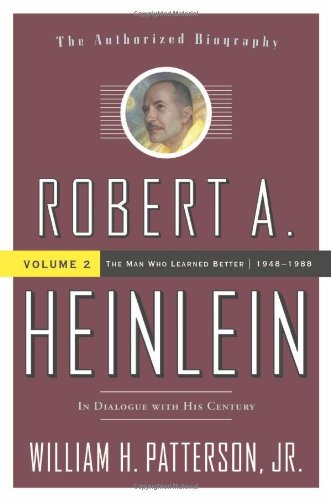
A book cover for Robert A. Heinlein: In Dialogue with His Century, Vol. 2- The Man Who Learned Better, 1948-1988; William H. Patterson; Science Fiction & Fantasy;